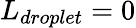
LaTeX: L_{droplet}=0